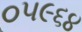
૦૫૯૬૪